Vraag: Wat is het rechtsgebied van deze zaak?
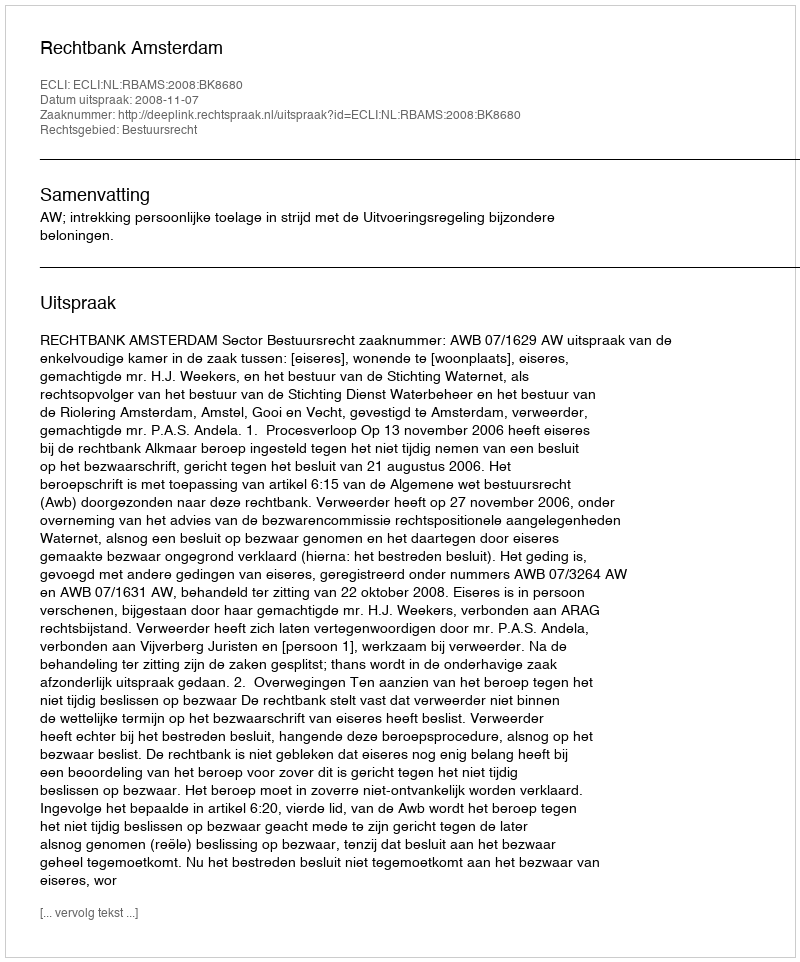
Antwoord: Bestuursrecht